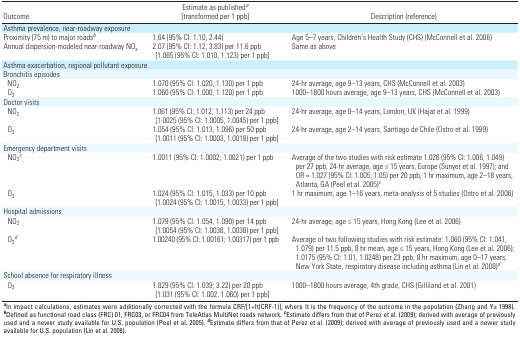
<table><thead><tr><td><b>Outcome</b></td><td><b>Estimate as published<sup>a</sup> [transformed per 1 ppb]</b></td><td><b>Description (reference) </b></td></tr></thead><tbody><tr><td colspan="5">Asthma prevalence, near-roadway exposure</td></tr><tr><td>Proximity (75 m) to major roadsb</td><td>1.64 (95% CI: 1.10, 2.44)</td><td>Age 5–7 years, Children’s Health Study (CHS) (McConnell et al.2006)</td></tr><tr><td>Annual dispersion-modeled near-roadway NOx</td><td>2.07 (95% CI: 1.12, 3.83) per 11.6 ppb [1.065 (95% CI: 1.010, 1.123) per1 ppb]</td><td>Same as above</td></tr><tr><td colspan="5">Asthma exacerbation, regional pollutant exposure</td></tr><tr><td colspan="5">Bronchitis episodes</td></tr><tr><td>NO2</td><td>1.070 (95% CI: 1.020, 1.130) per 1 ppb</td><td>24-hr average, age 9–13 years, CHS (McConnell et al. 2003)</td></tr><tr><td>O3</td><td>1.060 (95% CI: 1.000, 1.120) per 1 ppb</td><td>1000–1800 hours average, age 9–13 years, CHS (McConnell et al.2003)</td></tr><tr><td>Doctor visits</td></tr><tr><td>NO2</td><td>1.061 (95% CI: 1.012, 1.113) per 24 ppb [1.0025 (95% CI: 1.0005, 1.0045)per 1 ppb]</td><td>24-hr average, age 0–14 years, London, UK (Hajat et al. 1999)</td></tr><tr><td>O3</td><td>1.054 (95% CI: 1.013, 1.096) per 50 ppb [1.0011 (95% CI: 1.0003, 1.0018)per 1 ppb]</td><td>24-hr average, age 2–14 years, Santiago de Chile (Ostro et al.1999)</td></tr><tr><td colspan="5">Emergency department visits</td></tr><tr><td>NO2c</td><td>1.0011 (95% CI: 1.0002; 1.0021) per 1 ppb</td><td>Average of the two studies with risk estimate 1.026 (95% CI: 1.006,1.049) per 27 ppb, 24-hr average, age ≤ 15 years, Europe (Sunyer et al.1997); and OR = 1.027 (95% CI: 1.005, 1.05) per 20 ppb, 1 hr maximum,age 2–18 years, Atlanta, GA (Peel et al. 2005)c</td></tr><tr><td>O3</td><td>1.024 (95% CI: 1.015, 1.033) per 10 ppb [1.0024 (95% CI: 1.0015, 1.0033)per 1 ppb]</td><td>1 hr maximum, age 1–16 years, meta-analysis of 5 studies (Ostro et al.2006)</td></tr><tr><td colspan="5">Hospital admissions</td></tr><tr><td>NO2</td><td>1.079 (95% CI: 1.054, 1.090) per 14 ppb [1.0054 (95% CI: 1.0038, 1.0038)per 1 ppb]</td><td>24-hr average, age ≤ 15 years, Hong Kong (Lee et al. 2006)</td></tr><tr><td>O3d</td><td>1.00240 (95% CI: 1.00161; 1.00317) per 1 ppb</td><td>Average of two following studies with risk estimate: 1.060 (95% CI:1.041, 1.079) per 11.5 ppb, 8 hr mean, age ≤ 15 years, Hong Kong (Lee etal. 2006); 1.0175 (95% CI: 1.01, 1.0248) per 23 ppb, 8 hr maximum, age0–17 years, New York State, respiratory disease including asthma (Lin etal. 2008)d</td></tr><tr><td colspan="5">School absence for respiratory illness</td></tr><tr><td>O3</td><td>1.829 (95% CI: 1.039; 3.22) per 20 ppb [1.031 (95% CI: 1.002, 1.060) per1 ppb]</td><td>1000–1800 hours average, 4th grade, CHS (Gilliland et al. 2001)</td></tr><tr><td colspan="5">aIn impact calculations, estimates were additionallycorrected with the formula CRF/[1+It(CRF-1)], where It is the frequencyof the outcome in the population (Zhang and Yu 1998). bDefined asfunctional road class (FRC) 01, FRC03, or FRC04 from TeleAtlas MultiNetroads network. cEstimate differs from that of Perez et al. (2009);derived with average of previously used and a newer study available forU.S. population (Peel et al. 2005). dEstimate differs from that of Perezet al. (2009); derived with average of previously used and a newer studyavailable for U.S. population (Lin et al. 2008).</td></tr></tbody></table>